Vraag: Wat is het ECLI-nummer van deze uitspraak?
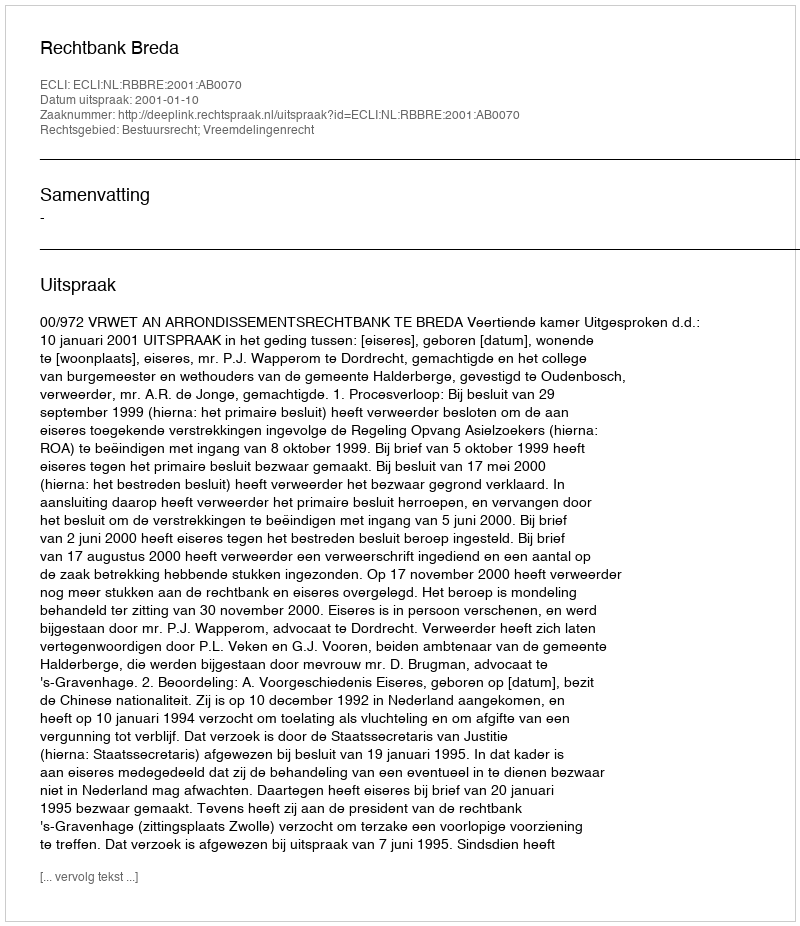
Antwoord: ECLI:NL:RBBRE:2001:AB0070